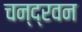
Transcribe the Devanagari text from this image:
चन्द्रवन